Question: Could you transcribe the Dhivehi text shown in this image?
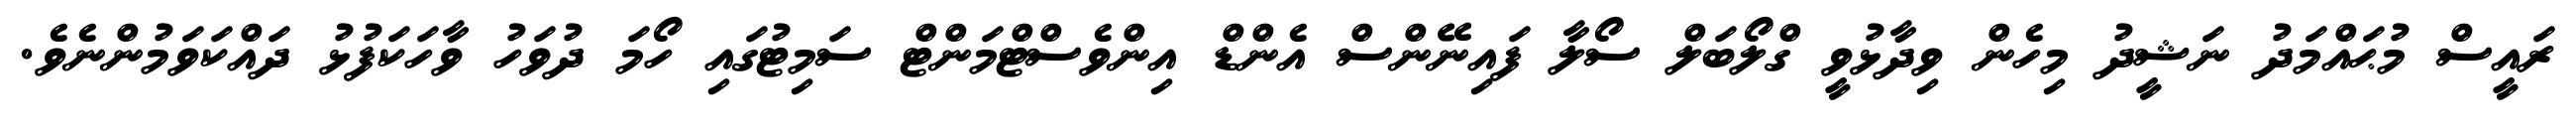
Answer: ރައީސް މުޙައްމަދު ނަޝީދު މިހެން ވިދާޅުވީ ގްލޯބަލް ސޯލާ ފައިނޭންސް އެންޑް އިންވެސްޓްމަންޓް ސަމިޓުގައި ހޯމަ ދުވަހު ވާހަކަފުޅު ދައްކަވަމުންނެވެ.